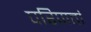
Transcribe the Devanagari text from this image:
परिणतां